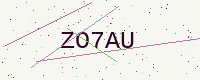
Text: ZO7AU